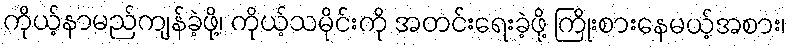
ကိုယ့်နာမည်ကျန်ခဲ့ဖို့၊ ကိုယ့်သမိုင်းကို အတင်းရေးခဲ့ဖို့ ကြိုးစားနေမယ့်အစား၊